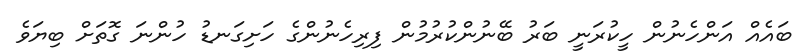
ބައެއް އަންހެނުން ހީކުރަނީ ބަރު ބޭނުންކުރުމުން ފިރިހެނުންގެ ހަށިގަނޑު ހުންނަ ގޮތަށް ބިޔަވެ